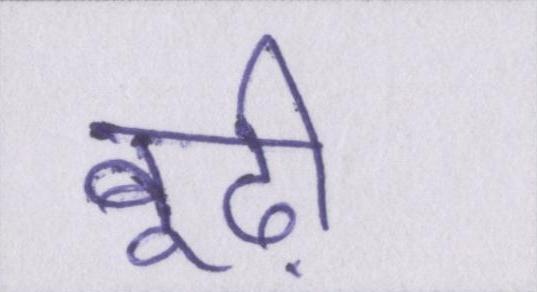
बूढ़ी